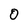
Character: O